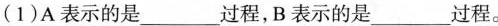
(1)A表示的是___过程，B表示的是___过程。